Account of plague administration in the Bombay Presidency from September 1896 till May 1897
Year: 1896
Disease focus: Plague
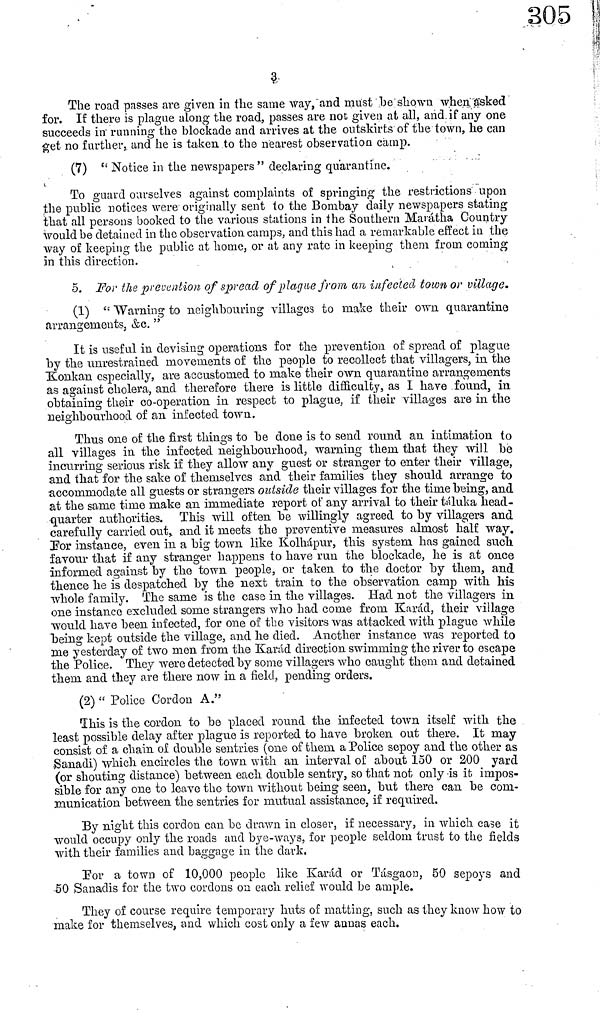
3
The road passes are given in the same way, and must be shown when asked
for. If there is plague along the road, passes are not given at all, and if any one
succeeds in running the blockade and arrives at the outskirts of the town, he can
get no further, and he is taken, to the nearest observation camp.
(7) " Notice in the newspapers " declaring quarantine.
To guard ourselves against complaints of springing the restrictions upon
the public notices were originally sent to the Bombay daily newspapers stating
that all persons booked to the various stations in the Southern Marátha Country
would be detained in the observation camps, and this had a remarkable effect in the
way of keeping the public at home, or at any rate in keeping them from coming
in this direction.
5. For the prevention of spread of plague from an infected town or village.
(1) " Warning to neighbouring villages to make their own quarantine
arrangements, &e. "
It is useful in devising operations for the prevention of spread of plague
by the unrestrained movements of the people to recollect that villagers, in the
Konkan especially, are accustomed to make their own quarantine arrangements
as against cholera, and therefore there is little difficulty, as I have found, in
obtaining their co-operation in respect to plague, if their villages are in the
neighbourhood of an infected town.
Thus one of the first things to be done is to send round an intimation to
all villages in the infected neighbourhood, warning them that they will be
incurring serious risk if they allow any guest or stranger to enter their village,
and that for the sake of themselves and their families they should arrange to
accommodate all guests or strangers outside their villages for the time being, and
at the same time make an immediate report of any arrival to their táluka head-
quarter authorities. This will often be willingly agreed to by villagers and
carefully carried out, and it meets the preventive measures almost half way.
For instance, even in a big town like Kolhápur, this system has gained such
favour that if any stranger happens to have run the blockade, he is at once
informed against by the town people, or taken to the doctor by them, and
thence he is despatched by the next train to the observation camp with his
whole family. The same is the case in the villages. Had not the villagers in
one instance excluded some strangers who had come from Karád, their village
would have been infected, for one of the visitors was attacked with plague while
being kept outside the village, and he died. Another instance Was reported to
me yesterday of two men from the Karád direction swimming the river to escape
the Police. They were detected by some villagers who caught them and detained
them and they are there now in a field, pending orders.
(2) " Police Cordon A."
This is the cordon to be placed round the infected town itself with the
least possible delay after plague is reported to have broken out there. It may
consist of a chain of double sentries (one of them a Police sepoy and the other as
Sanadi) which encircles the town with an interval of about 150 or 200 yard
(or shouting distance) between each double sentry, so that not only is it. impos-
sible for any one to leave the town without being seen, but there can be com-
munication between the sentries for mutual assistance, if required.
By night this cordon can be drawn in closer, if necessary, in which case it
would occupy only the roads and bye-ways, for people seldom trust to the fields
with their families and baggage in the dark.
Por a town of 10,000 people like Karád or Tásgaon, 50 sepoys and
50 Sanadis for the two cordons on each relief would be ample.
They of course require temporary huts of matting, such as they know how to
make for themselves, and which cost only a few annas each.